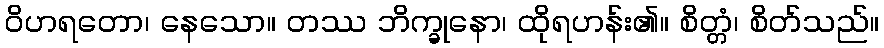
ဝိဟရတော၊ နေသော။ တဿ ဘိက္ခုနော၊ ထိုရဟန်း၏။ စိတ္တံ၊ စိတ်သည်။